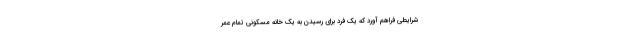
شرایطی فراهم آورد که یک فرد برای رسیدن به یک خانه مسکونی تمام عمر